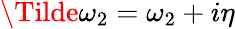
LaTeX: \Tilde{\omega}_{2}=\omega_{2}+i\eta